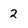
Character: 2